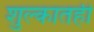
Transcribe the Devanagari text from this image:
शुल्कातही